system: You are a helpful assistant.
user:
Analyze the provided spectrum to determine if it is a **M-type Giant (gM)**.

A M-type Giant spectrum is defined by its **strong molecular absorption** features, particularly from **Titanium Oxide (TiO)**. You must check for one of the following mutually exclusive signatures:

- **Key Visual Indicators (Absorption-Dominated Spectrum):**

    - **(Primary):** The spectrum is dominated by strong molecular absorption from **Titanium Oxide (TiO)**. This is the **defining feature** of its M-type temperature class.
        - **(Key Bandheads):** Look for sharp, "saw-tooth" absorption valleys. The strongest are located near **~7050 Å**, **~6160 Å**, and **~5170 Å**.
        - **(Line Profile):** The "saw-tooth" morphology is critical: a **sharp, steep drop on the BLUE (short-wavelength) side** of the bandhead, followed by a gradual recovery (rising flux) towards the RED (long-wavelength) side.

    - **(Key Confirmation - Giant vs. Dwarf):** **ABSENCE** of strong **Calcium Hydride (CaH)** molecular bands. This is the primary diagnostic for *excluding* M-dwarfs.
        - **(Key Region):** The spectrum should lack the strong, broad absorption band seen in dwarfs between **~6800 Å and ~7000 Å**.

    - **(Secondary Confirmation - Giant):** A very strong and broad **Neutral Calcium (Ca I)** atomic absorption line.
        - **(Key Line):** Located at **~4226 Å**. In a giant (gM), this line is significantly deeper and broader than the same line in an M-dwarf (dM) due to low surface gravity.

    - **(Overall Spectrum):**
        - The continuum is **extremely red-sloping** (i.e., flux is very low in the blue and rises dramatically towards the red).
        - The entire spectrum appears "chopped up" by the deep TiO bands.

Think first, call **spectral_visualization_tool** if needed to examine features in detail, then provide your final answer. Your response must adhere to the following strict rules:
1.  **Overall Structure:** Your response must follow the format `<think>...</think> <tool_call>...</tool_call> (if a tool is used) <answer>...</answer>`.
2.  **Tool Usage Constraint:** You may only make **one** tool call per turn.
3.  **Final Answer Format:** In the `<answer>` tag, your conclusion must be inside a `\boxed{}` command (e.g., `\boxed{YES}` or `\boxed{NO}`), followed by your justification.

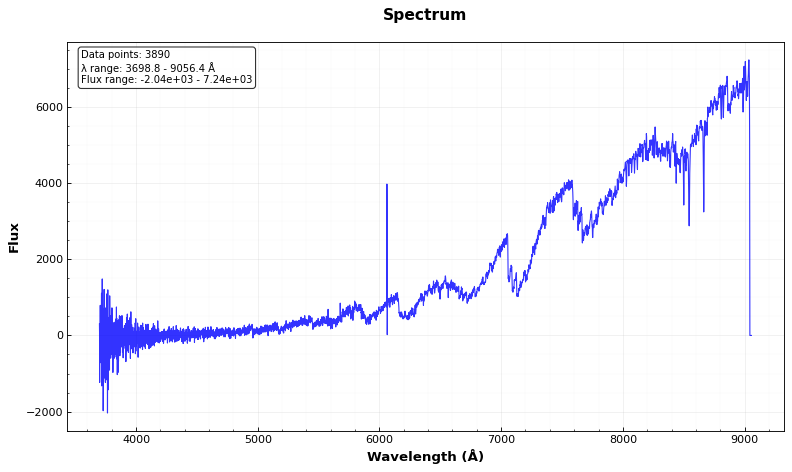
Answer: YES